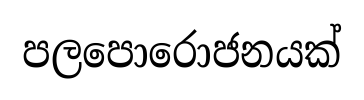
පලපොරොජනයක්